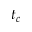
t _ { c }